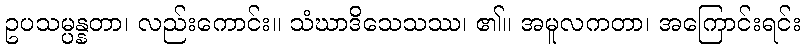
ဥပသမ္ပန္နတာ၊ လည်းကောင်း။ သံဃာဒိသေသဿ၊ ၏။ အမူလကတာ၊ အကြောင်းရင်း